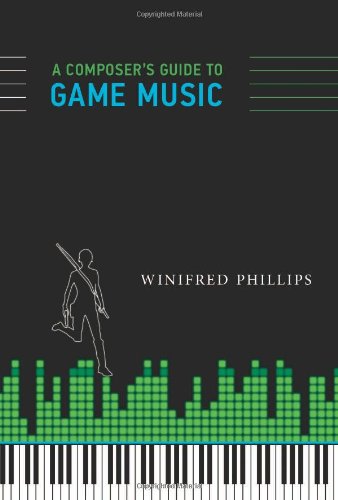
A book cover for A Composer's Guide to Game Music; Winifred Phillips; Computers & Technology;